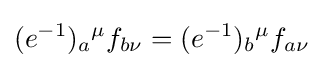
(e^{-1})_{a}{}^{\mu }f_{b\nu }=(e^{-1})_{b}{}^{\mu }f_{a\nu }